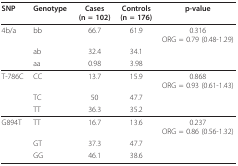
<table><thead><tr><td><b>SNP</b></td><td><b>Genotype</b></td><td><b>Cases(n = 102)</b></td><td><b>Controls(n = 176)</b></td><td><b>p-value</b></td></tr></thead><tbody><tr><td>4b/a</td><td>bb</td><td>66.7</td><td>61.9</td><td>0.316ORG = 0.79 (0.48-1.29)</td></tr><tr><td></td><td>ab</td><td>32.4</td><td>34.1</td><td></td></tr><tr><td></td><td>aa</td><td>0.98</td><td>3.98</td><td></td></tr><tr><td>T-786C</td><td>CC</td><td>13.7</td><td>15.9</td><td>0.868ORG = 0.93 (0.61-1.43)</td></tr><tr><td></td><td>TC</td><td>50</td><td>47.7</td><td></td></tr><tr><td></td><td>TT</td><td>36.3</td><td>35.2</td><td></td></tr><tr><td>G894T</td><td>TT</td><td>16.7</td><td>13.6</td><td>0.237ORG = 0.86 (0.56-1.32)</td></tr><tr><td></td><td>GT</td><td>37.3</td><td>47.7</td><td></td></tr><tr><td></td><td>GG</td><td>46.1</td><td>38.6</td><td></td></tr></tbody></table>